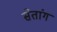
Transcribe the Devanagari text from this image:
सेतांग